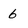
Character: 6